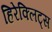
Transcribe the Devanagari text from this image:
हिरेक्लिट्स